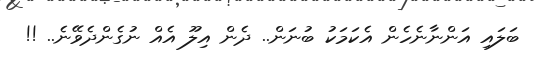
ބަލައި އަންނާނެހެން އެކަމަކު ބުނަން.. ދެން އިލޫ އެއް ނުގެންދެވޭނެ.. !!